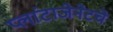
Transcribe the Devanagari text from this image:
प्लांटाजेनेटचे